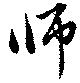
師